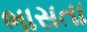
ભાસતા